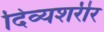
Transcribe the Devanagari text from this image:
दिव्यशरीर